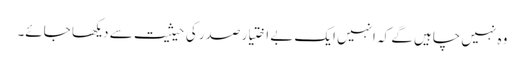
وہ نہیں چاہیں گے کہ انہیں ایک بے اختیار صدر کی حیثیت سے دیکھا جائے۔